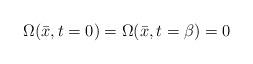
LaTeX: \begin{align*}\Omega(\bar{x},t=0) = \Omega(\bar{x},t=\beta) = 0\end{align*}